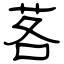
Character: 茖